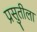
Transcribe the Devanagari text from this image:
प्रसुतीला